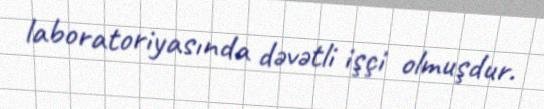
laboratoriyasında dəvətli işçi olmuşdur.